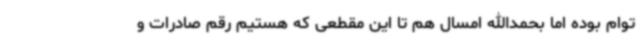
توام بوده اما بحمدالله امسال هم تا این مقطعی که هستیم رقم صادرات و